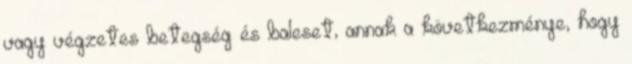
vagy végzetes betegség és baleset, annak a következménye, hogy